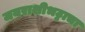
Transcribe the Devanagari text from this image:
जयराशीभट्टाचा